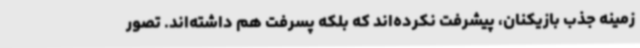
زمینه جذب بازیکنان، پیشرفت نکرده‌اند که بلکه پسرفت هم داشته‌اند. تصور